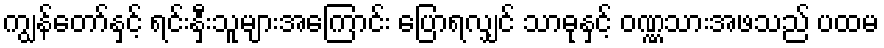
ကျွန်တော်နှင့် ရင်းနှီးသူများအကြောင်း ပြောရလျှင် သာဓုနှင့် ဝဏ္ဏသားအဖသည် ပထမ